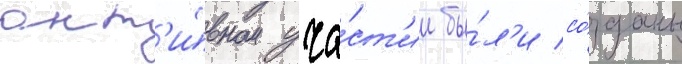
акт'и́вном уча́ст'ии бы́л'и со́зданы